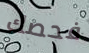
فحصك